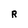
Character: R